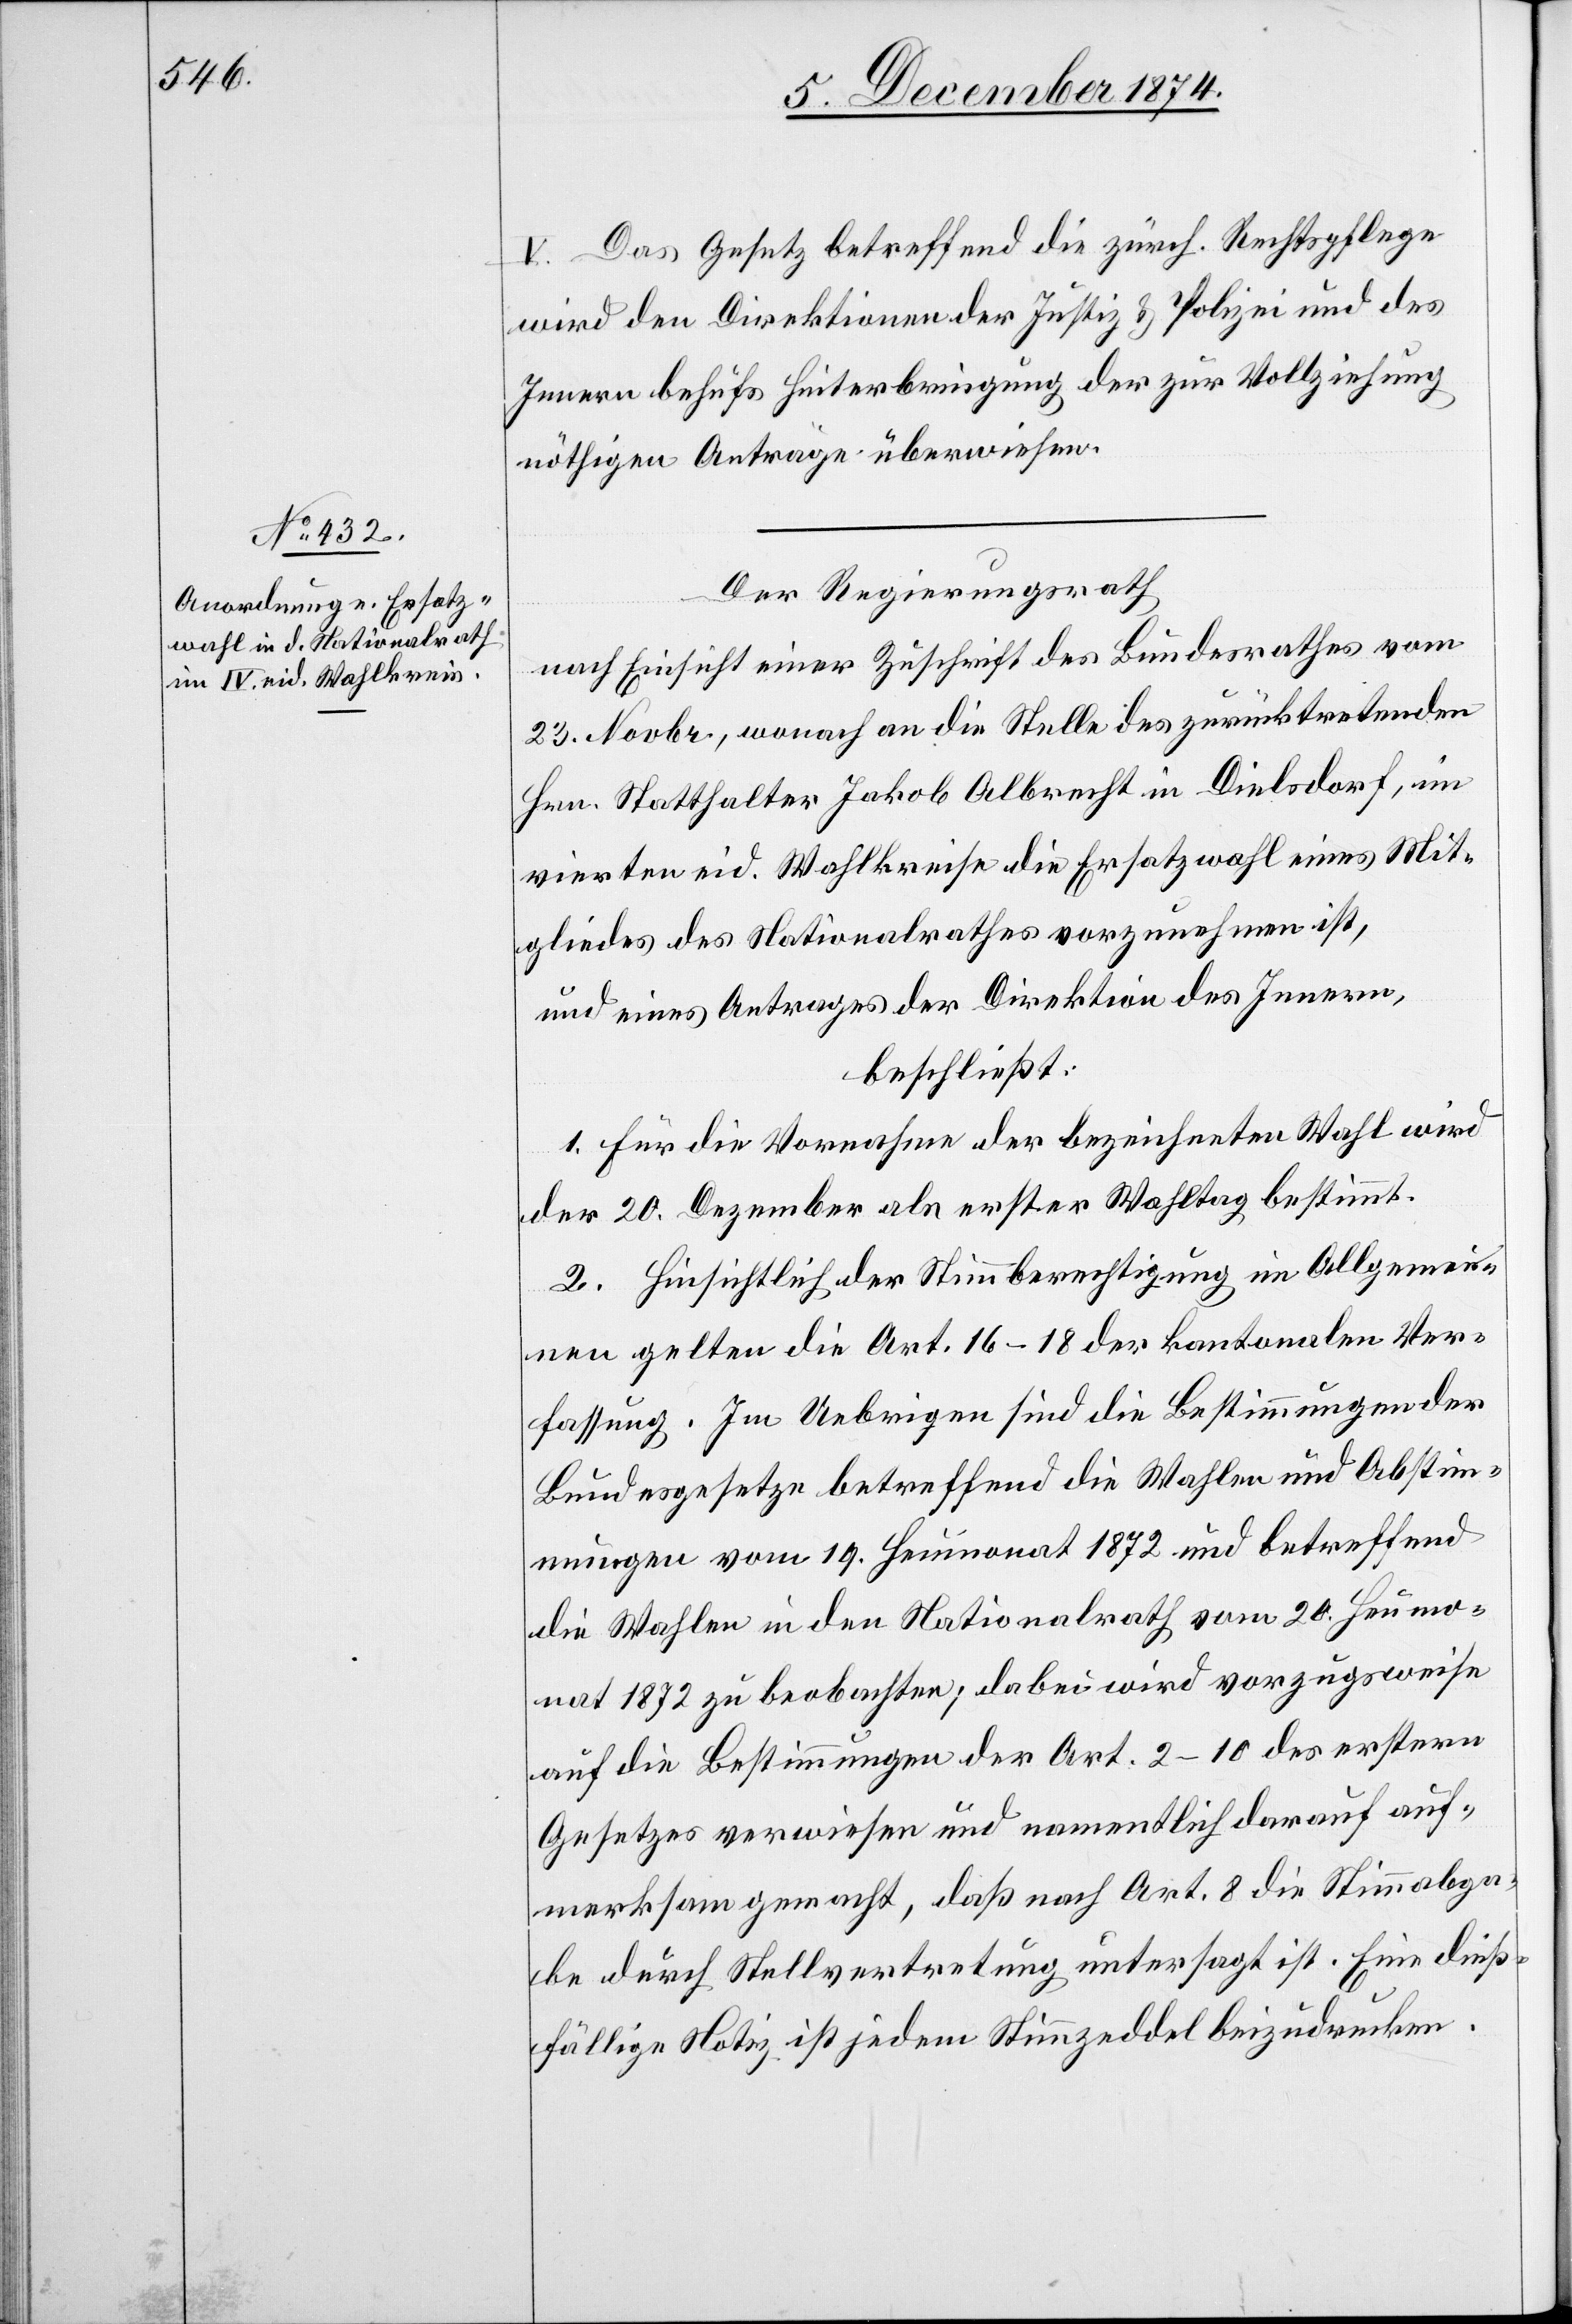
V. Das Gesetz betreffend die zürch. Rechtspflege
wird den Direktionen der Justiz & Polizei und des
Innern behufs Hinterbringung der zur Vollziehung
nöthigen Anträge überwiesen.
Der Regierungsrath
nach Einsicht einer Zuschrift des Bundesrathes vom
23. Novbr., wonach an die Stelle des zurücktretenden
Hrn. Statthalter Jakob Albrecht in Dielsdorf, im
vierten eid. Wahlkreise die Ersatzwahl eines Mit¬
gliedes des Nationalrathes vorzunehmen ist,
und eines Antrages der Direktion des Innern,
beschließt:
1. Für die Vornahme der bezeichneten Wahl wird
der 20. Dezember als erster Wahltag bestimmt.
2. Hinsichtlich der Stimmberechtigung im Allgemei¬
nen gelten die Art. 16–18 der kantonalen Ver¬
fassung. Im Uebrigen sind die Bestimmungen der
Bundesgesetze betreffend die Wahlen und Abstim¬
mungen vom 19. Heumonat 1872 und betreffend
die Wahlen in den Nationalrath vom 20. Heumo¬
nat 1872 zu beobachten; dabei wird vorzugsweise
auf die Bestimmungen der Art. 2–10 des erstern
Gesetzes verwiesen und namentlich darauf auf¬
merksam gemacht, daß nach Art. 8 die Stimmabga¬
be durch Stellvertretung untersagt ist. Eine dieß¬
fällige Notiz ist jedem Stimmzeddel beizudrucken.